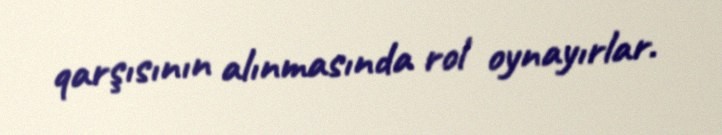
qarşısının alınmasında rol oynayırlar.